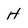
Character: H